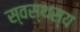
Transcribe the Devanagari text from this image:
स्वस्थस्य